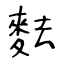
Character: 麮